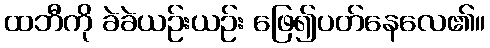
ထဘီကို ခဲခဲယဉ်းယဉ်း ဖြေ၍ပတ်နေလေ၏။